Civil Veterinary Dept. Bombay admin report 1932-41 - 1932-1941
Year: 1932
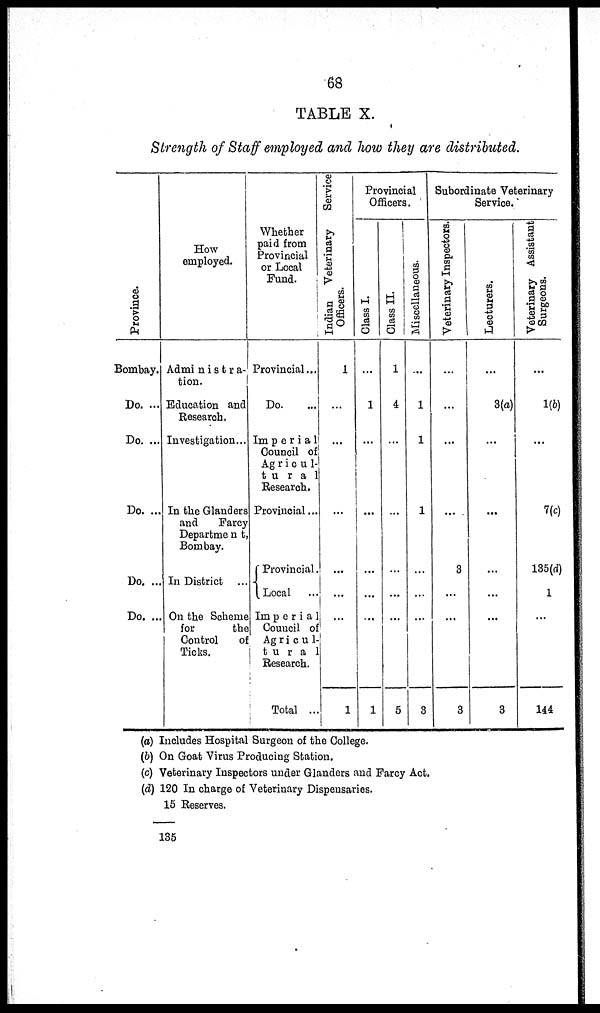
68
TABLE X.
Strength of Staff employed and how they are distributed.
Pr ovi nce.
Bombay.
Do. ...
Do. ...
Do. ...
Do. ...
Do. ...
How
employed.
Administra-
tion.
Education and
Research.
Investigation ...
In the Glanders
and
Farcy
Department,
Bombay.
In District ...
On the Scheme
for
the
Control
of
Ticks.
Whether
paid from
Provincial
or Local
Fund.
Provincial...
Do. ...
Imperial
Council of
Agricul-
tural
Research.
Provincial ...
Provincial.
Local ...
Imperial
Council of
Agricul-
tural
Research.
Total ...
Indian Veterinary Service
Officers.
1
...
...
...
...
...
...
1
Provincial
Officers.
Glass I.
...
1
...
...
...
...
...
1
Glass II.
1
4
...
...
...
...
...
5
Miscellaneous.
...
1
1
1
...
...
...
3
Subordinate Veterinary
Service.
Veterinary Inspectors.
...
...
...
...
3
...
...
3
Lecturers.
...
3(a)
...
...
...
...
...
3
Veterinary Assistant
Surgeons.
...
1(b)
...
7(c)
135(d)
1
...
144
(a) Includes Hospital Surgeon of the College.
(b) On Goat Virus Producing Station.
(c) Veterinary Inspectors under Glanders and Farcy Act.
(d) 120 In charge of Veterinary Dispensaries.
15 Reserves.
135